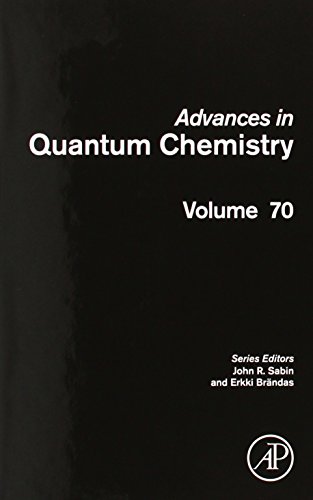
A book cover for Advances in Quantum Chemistry, Volume 70; Science & Math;